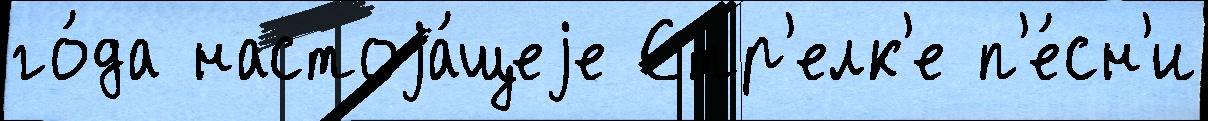
го́да настоjа́щеjе Стр'елк'е п'е́сн'и